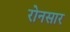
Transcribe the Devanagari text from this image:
रोनसार